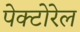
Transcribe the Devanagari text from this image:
पेक्टोरेल